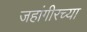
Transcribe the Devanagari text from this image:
जहांगीरच्या